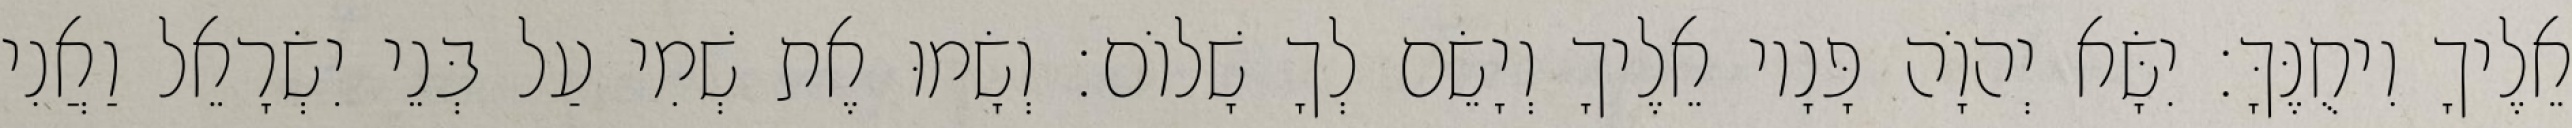
אֵלֶיךָ וִיחֻנֶּךָּ׃ יִשָּׂא יְהוָֹה פָּנָיו אֵלֶיךָ וְיָשֵׂם לְךָ שָׁלוֹם׃ וְשָׂמוּ אֶת שְׁמִי עַל בְּנֵי יִשְׂרָאֵל וַאֲנִי